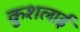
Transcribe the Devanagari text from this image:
कुशलाई